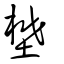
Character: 壄